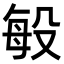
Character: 𭮬